King Institute of Preventive Medicine Micro-Biological Section reports 1912-19
Year: 1912
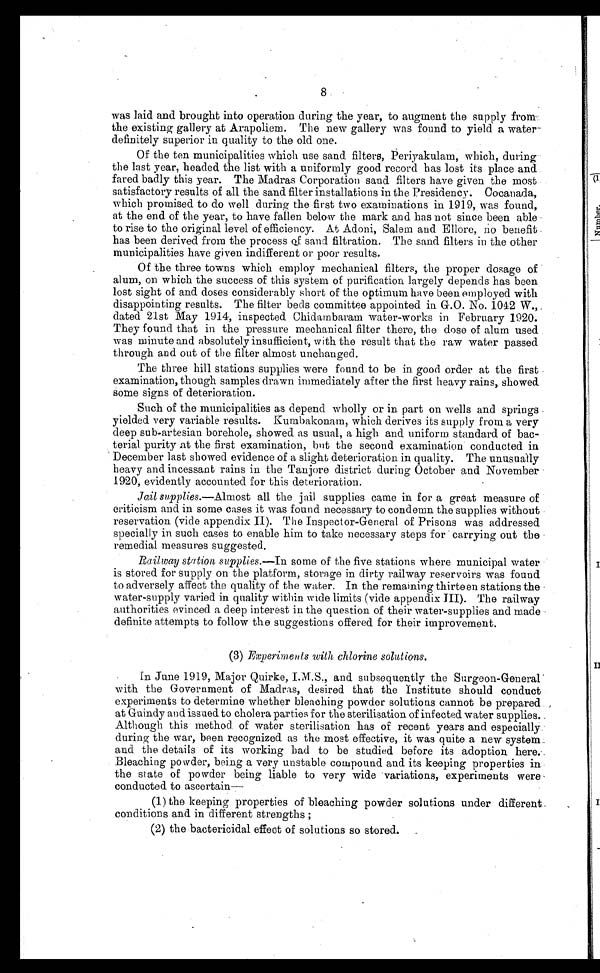
8
was laid and brought into operation during the year, to augment the supply from
the existing gallery at Arapoliem. The new gallery was found to yield a water
definitely superior in quality to the old one.
Of the ten municipalities which use sand filters, Periyakulam, which, during
the last year, headed the list with a uniformly good record has lost its place and
fared badly this year. The Madras Corporation sand filters have given the most
satisfactory results of all the sand filter installations in the Presidency. Cocanada,
which promised to do well during the first two examinations in 1919, was found,
at the end of the year, to have fallen below the mark and has not since been able
to rise to the original level of efficiency. At Adoni, Salem and Ellore, no benefit
has been derived from the process of sand filtration. The sand filters in the other
municipalities have given indifferent or poor results.
Of the three towns which employ mechanical filters, the proper dosage of
alum, on which the success of this system of purification largely depends has been
lost sight of and doses considerably short of the optimum have been employed with
disappointing results. The filter beds committee appointed in. G.O. No. 1042 W.,
dated 21st May 1914, inspected Chidambaram water-works in February 1920.
They found that in the pressure mechanical filter there, the dose of alum used
was minute and absolutely insufficient, with the result that the raw water passed
through and out of the filter almost unchanged.
The three hill stations supplies were found to be in good order at the first
examination, though samples drawn immediately after the first heavy rains, showed
some signs of deterioration.
Such of the municipalities as depend wholly or in part on wells and springs
yielded very variable results. Kumbakonam, which derives its supply from a very
deep sub-artesian borehole, showed as usual, a high and uniform standard of bac-
terial purity at the first examination, but the second examination conducted in
December last showed evidence of a slight deterioration in quality. The unusually
heavy and incessant rains in the Tanjore district during October and November
1920, evidently accounted for this deterioration.
Jail supplies.—Almost all the jail supplies came in for a great measure of
criticism and in some cases it was found necessary to condemn the supplies without
reservation (vide appendix II). The Inspector-General of Prisons was addressed
specially in such cases to enable him to take necessary steps for carrying out the
remedial measures suggested.
Railway station supplies. —In some of the five stations where municipal water
is stored for supply on the platform, storage in dirty railway reservoirs was found
to adversely affect the quality of the water. In the remaining thirteen stations the
water-supply varied in quality within wide limits (vide appendix III). The railway
authorities evinced a deep interest in the question of their water-supplies and made
definite attempts to follow the suggestions offered for their improvement.
(3) Experiments with chlorine solutions..
In June 1919, Major Quirke, and subsequently the Surgeon-General
with the Government of Madras, desired that the Institute should conduct
experiments to determine whether bleaching powder solutions cannot be prepared
at Guindy and issued to cholera parties for the sterilisation of infected water supplies.
Although this method of water sterilisation has of recent years and especially
during the war, been recognized as the most effective, it was quite a new system
and the details of its working bad to be studied before its adoption here.
Bleaching powder, being a very unstable compound and its keeping properties in
the state of powder being liable to very wide variations, experiments were
conducted to ascertain—
(1) the keeping properties of bleaching powder solutions under different
conditions and in different strengths ;
(2) the bactericidal effect of solutions so stored.